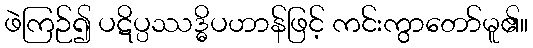
ဖဲကြဉ်၍ ပဋိပ္ပဿဒ္ဓိပဟာန်ဖြင့် ကင်းကွာတော်မူ၏။